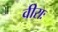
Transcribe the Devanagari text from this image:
वीराः